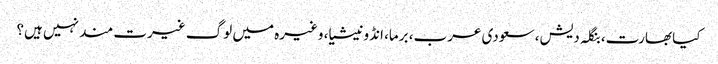
کیا بھارت، بنگلہ دیش، سعودی عرب، برما، انڈونیشیا، وغیرہ میں لوگ غیرت مند نہیں ہیں؟